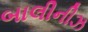
બાલીનીઝ